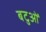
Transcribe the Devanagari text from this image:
बटुओं